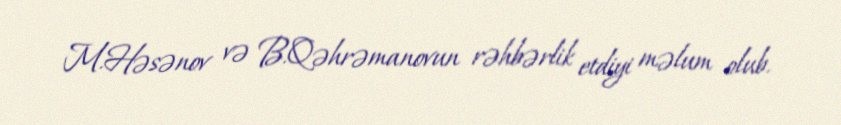
M.Həsənov və B.Qəhrəmanovun rəhbərlik etdiyi məlum olub.